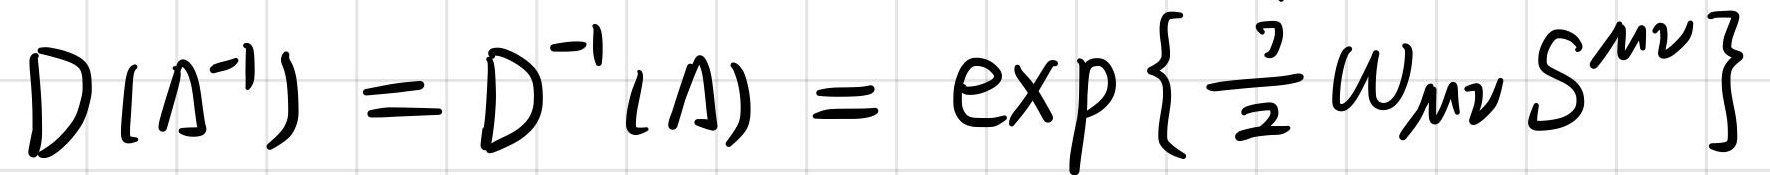
$D(\Lambda^{-1}) = D^{-1}(\Lambda) = \exp \left\{ \frac{1}{2} \omega_{\mu\nu} S^{\mu\nu} \right\}$